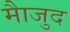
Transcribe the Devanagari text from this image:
माैजुद